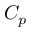
C _ { p }